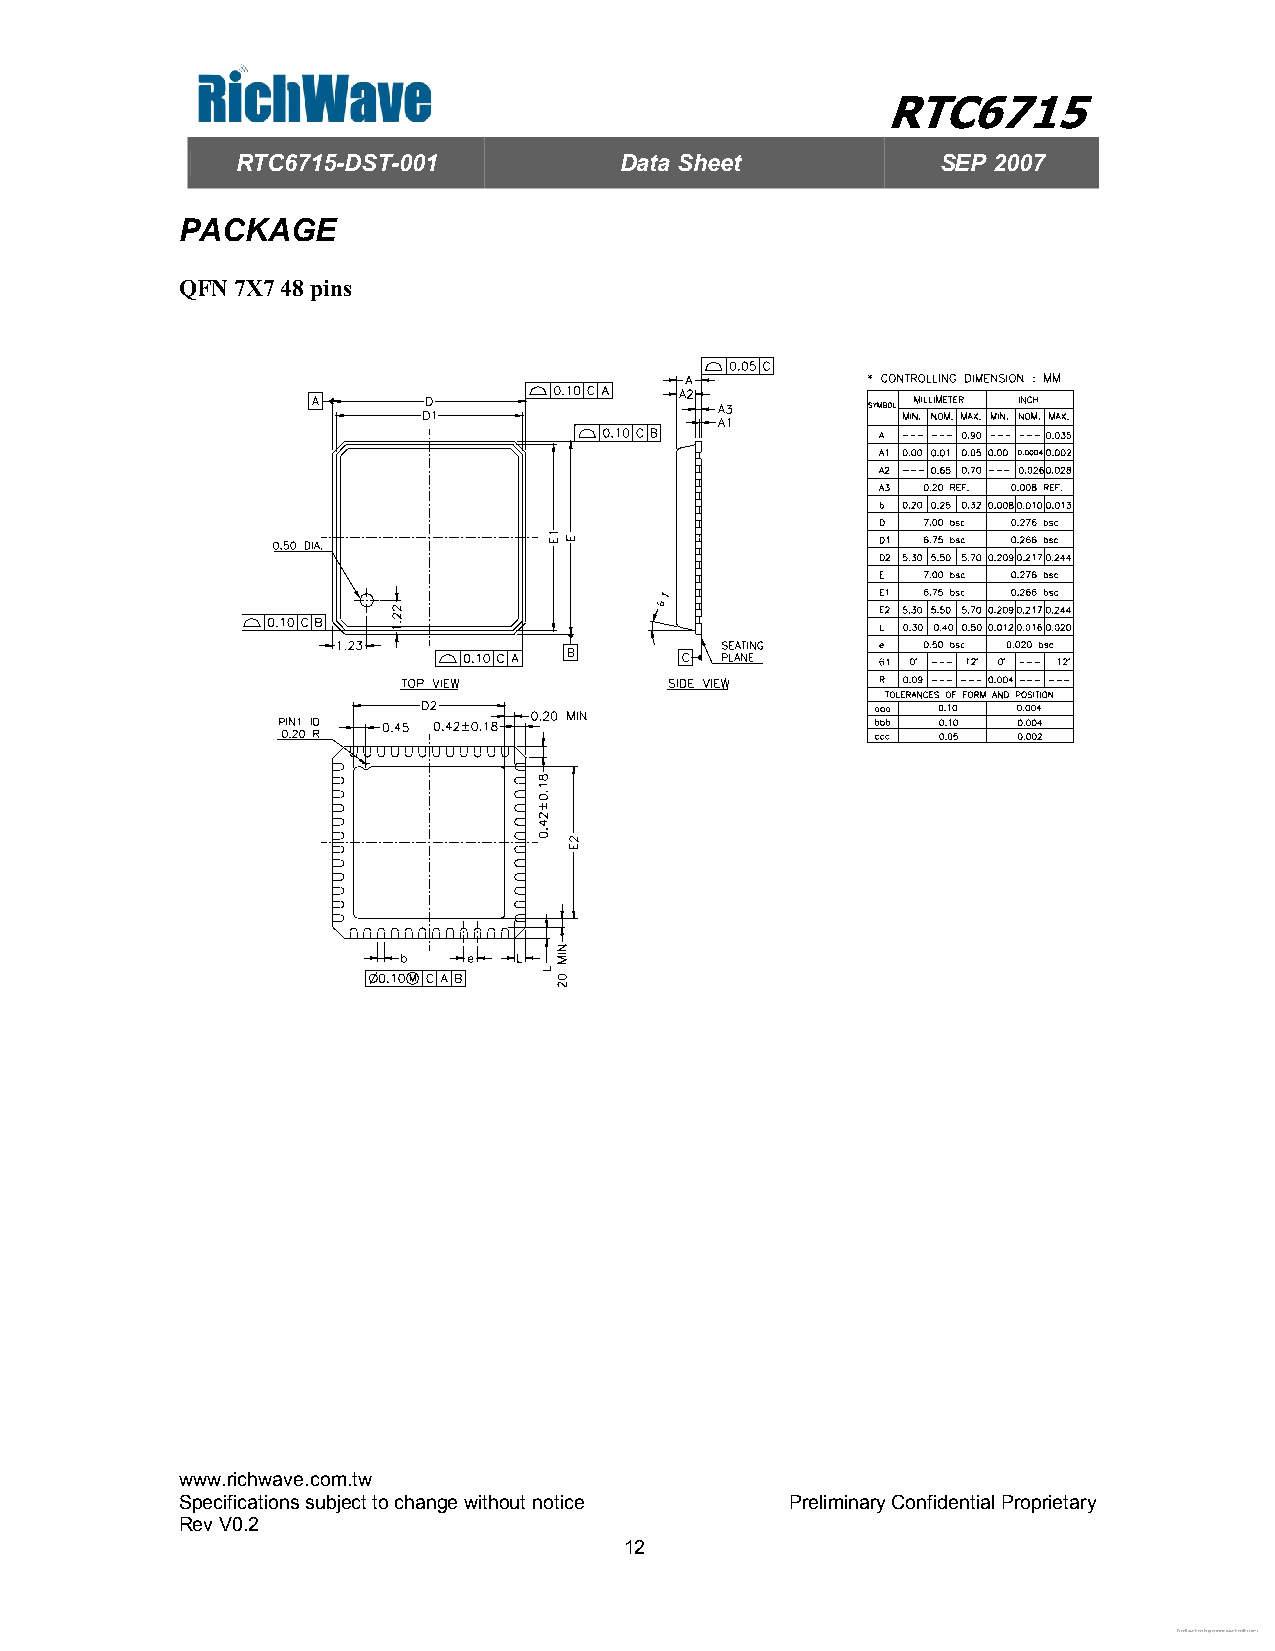
RTC6715
 RTC6715-DST-001          Data Sheet           SEP 2007
 PACKAGE
 QFN 7X7 48 pins
 www.richwave.com.tw
 Specifications subject to change without notice Preliminary Confidential Proprietary
 Rev V0.2
 12
 Free Datasheet http://www.datasheetlist.com/